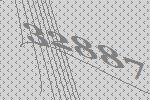
32887